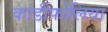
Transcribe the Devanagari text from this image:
कार्डीफोलिया